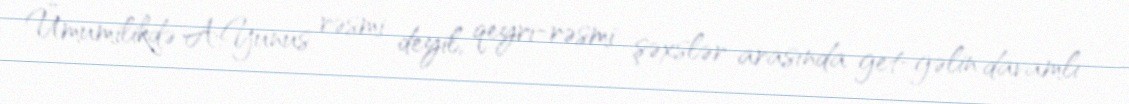
Ümumilikdə A.Yunus rəsmi deyil, qeyri-rəsmi şəxslər arasında get-gəlin davamlı